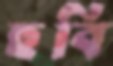
হুবি